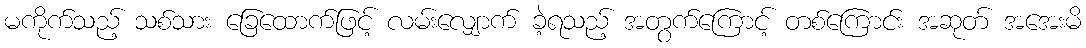
မကိုက်သည့် သစ်သား ခြေထောက်ဖြင့် လမ်းလျှောက် ခဲ့ရသည့် အတွက်ကြောင့် တစ်ကြောင်း အဆုတ် အအေးမိ